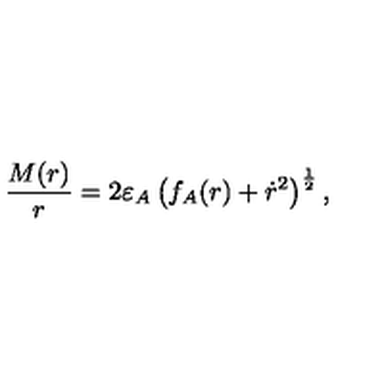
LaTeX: \frac { M ( r ) } { r } = 2 \varepsilon _ { A } \left( f _ { A } ( r ) + \dot { r } ^ { 2 } \right) ^ { \frac { 1 } { 2 } } ,